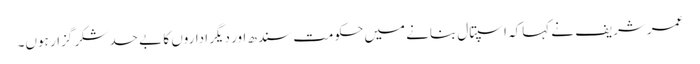
عمرشریف نے کہاکہ اسپتال بنانے میں حکومت سندھ اور دیگر اداروں کا بے حد شکر گزار ہوں۔